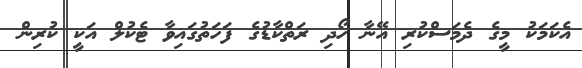
އެކަމަކު މީގެ ދެމަސްކުރި އޭނާ ހޯދި ރަތްކާޑުގެ ފަހަތުގައިވާ ޓެކުލް އަކީ ކުރިން